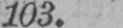
103.